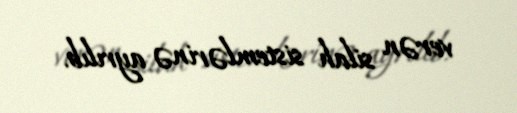
verən silah sistemlərinə ayrılıb.